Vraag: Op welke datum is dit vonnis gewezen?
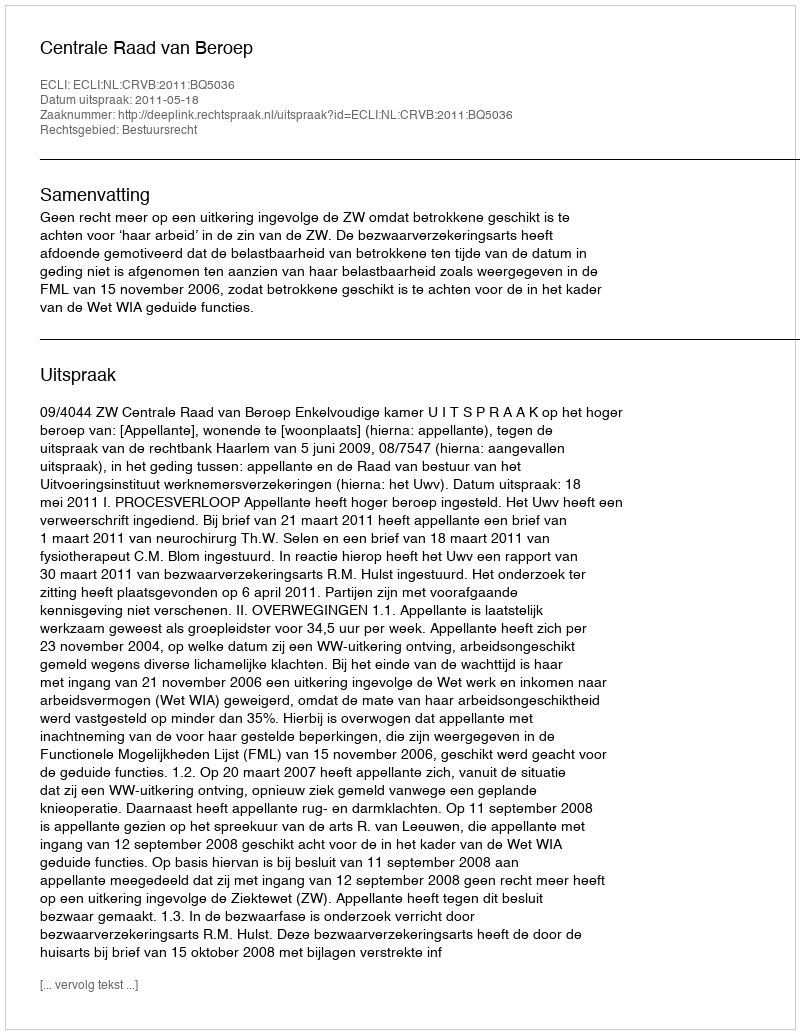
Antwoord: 2011-05-18